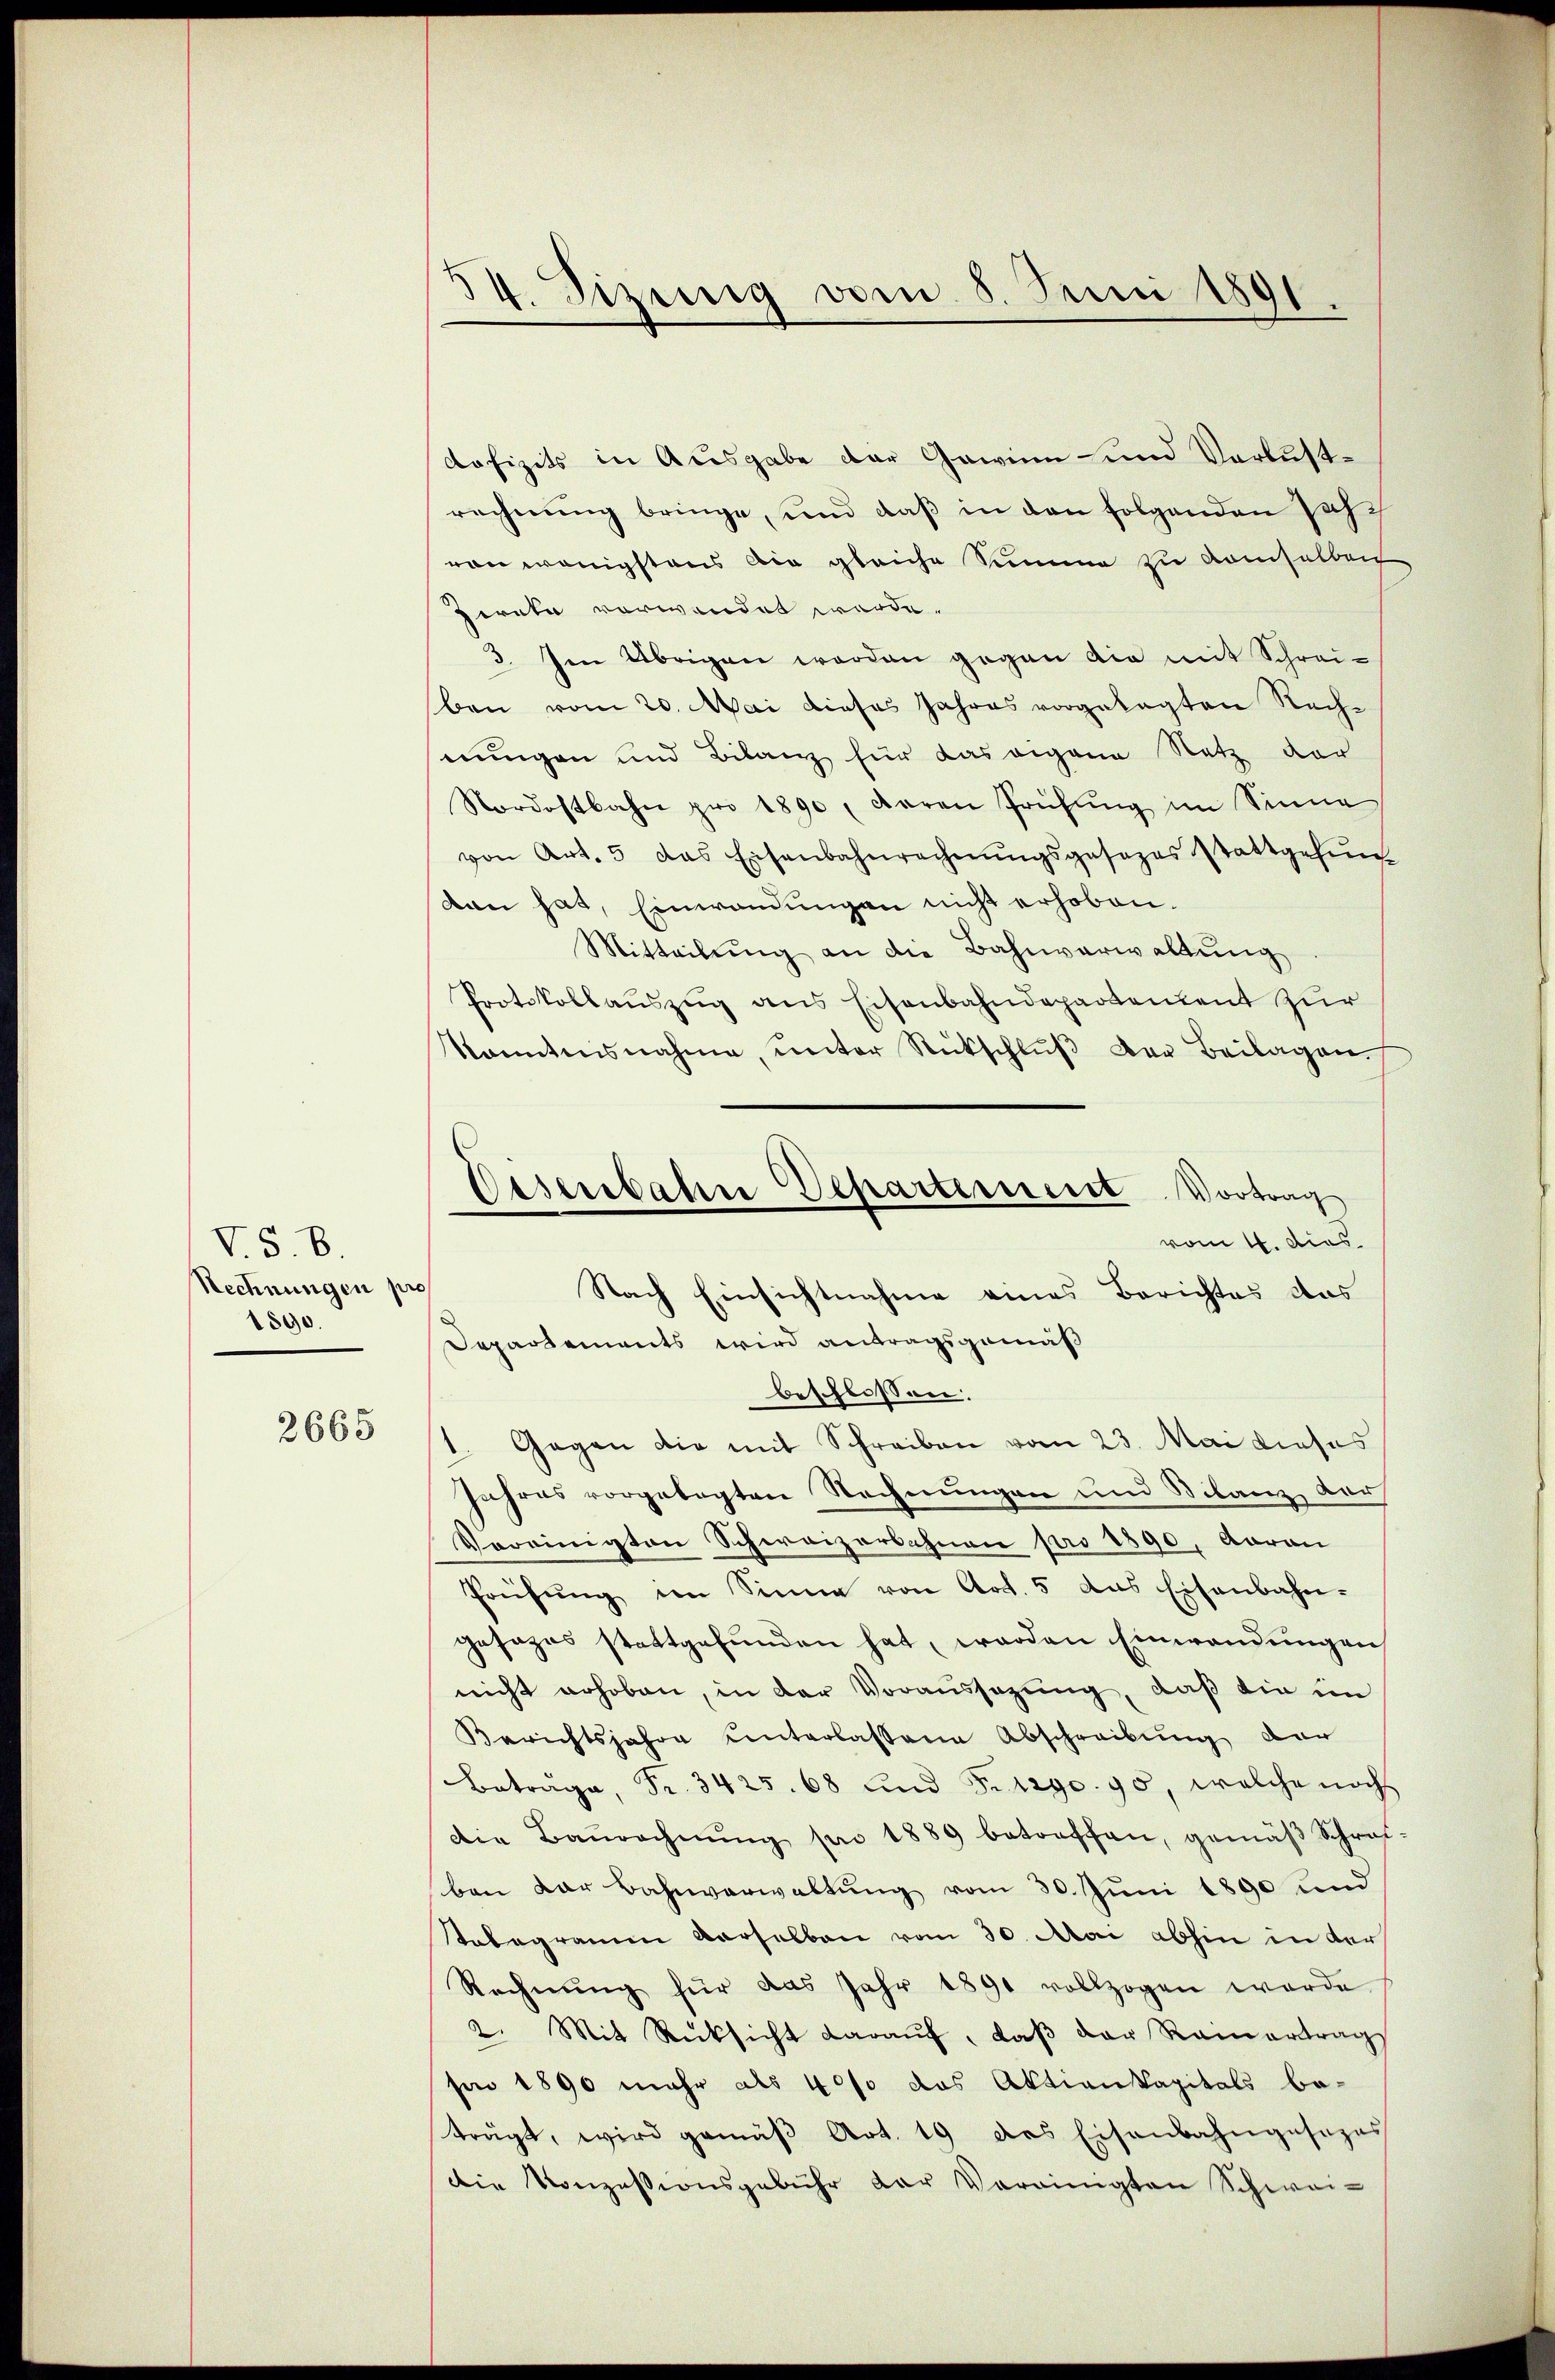
VS. B
Rechnungen pro
1890.

2665

34. Sizung vom 8. Juni 1891.

dofizits in Ausgabe der Gewinn- und Verlustrechnŭng bringe, und daβ in den folgenden Jahvon wenigstens die gleiche Summe zu demselben
piata vorwandet werde.
3. Im Übrigen worden gegen die mit Schreiben vom 20. Mai dieses Jahres vorgelegten Rechnungen und Bilanz für das eigene Netz der
Nordostbahn pro 1890, daran Prüfŭng im Sinne
von Art. 5 das Eisenbahnrechnŭngsgesezes stattgefŭn
dan hat, Einwandungen nicht erhoben.
Mitteilŭng an die Bahnverwaltung
Protokollauszug aus Eisenbahndepartentent zur
kanntnisnahme, ŭnter Rückschlŭβ der Beilagen.
vom 4. dies
Nach Einsichtnahme eines Berichtes das
Departements wird antragsgemäß
beschlossen:
1. Gegen die mit Schreiben vom 23. Mai dieses
Jahres vorgelegten Rechnungen und Silanz, der
Vereinigten Schweizerbahnen pro 1890, Aarau
Prüfung im Sinne von Art. 5 das Eisenbahn-
gesages stattgefunden hat, werden Einwendungen
nicht erhoben, in der Voraussezung, daß die im
Berichtsjahre unterlassene Abschreibŭng der
Betrage, Fr. 3425. 68 und Trigo. 90, welche noch
Die Baŭrechnŭng pro 1889 betreffen, gemäβ Schrei-
ben dar Bahnverwaltung vom 30. Juni 1890 und
tobegramm verselben vom 30. Mai abhin in der
Rechnŭng für das Jahr 1891 vollzogen werde
2. Mit Rücksicht daraŭf, daβ der Rainertrag
sen 1890 mehr als 400 das Aktienkapitals be-
trägt, wird gemäβ Art. 19 des Eisenbahngesezes
die Konzessionsgebühr der Vereinigten Schwei-

Eisenbahne Departement Vortrag